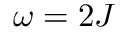
\omega = 2 J